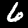
Digit: 6